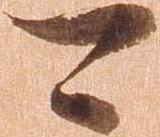
可